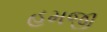
હમજી